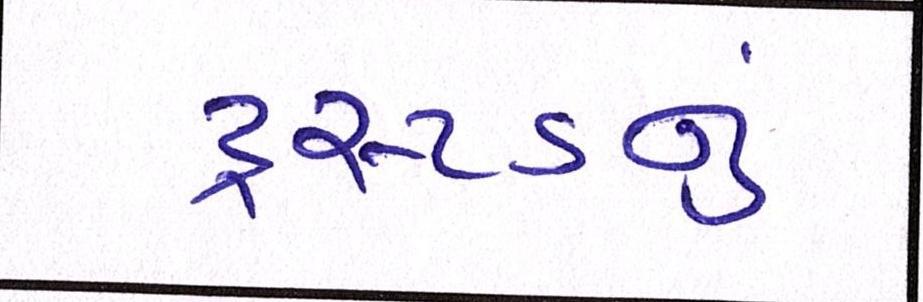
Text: ટ્રસ્ટડનું